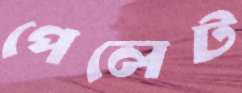
পেলেট